Report on vaccination North-West Frontier Province 1904-1922 - 1904-1922
Year: 1904
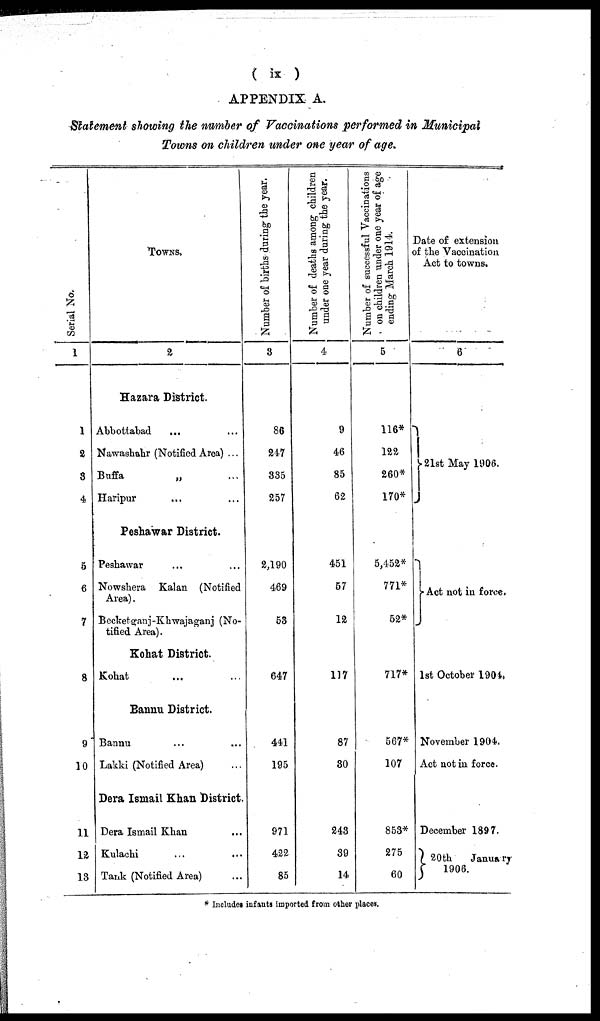
( ix )
APPENDIX A.
Statement showing the number of Vaccinations performed in Municipal
Towns on children under one year of age.
Serial No.
1
1
2
3
4
5
6
7
8
9
10
11
12
13
TOWNS.
2
Hazara District.
Abbottabad ... ...
Nawashahr (Notified Area) ...
Buffa
„ ...
Haripur ... ...
Peshawar District.
Peshawar ... ...
Nowshera Kalan (Notified
Area).
Becketganj-Khwajaganj (No-
tified Area).
Kohat District.
Kohat ... ...
Bannu District.
Bannu ... ...
Lakki (Notified Area) ...
Dera Ismail Khan District.
Dera Ismail Khan ...
Kulachi ... ...
Tank (Notified Area) ...
Number of births during the year.
3
86
247
335
257
2,190
469
53
647
441
195
971
422
85
Number of deaths among children
under one year during the year.
4
9
46
85
62
451
57
12
117
87
30
243
39
14
Number of successful Vaccinations
on children under one year of age
ending March 1914.
5
116*
122
260*
170*
5,452*
771*
52*
717*
567*
107
853*
275
60
Date of extension
of the Vaccination
Act to towns.
6
21st May 1906.
Act not in force.
1st October 1904.
November 1904.
Act not in force.
December 1897.
20th
January
1906.
* Includes infants imported from other places.